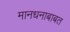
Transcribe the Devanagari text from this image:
मानधनाबाबत